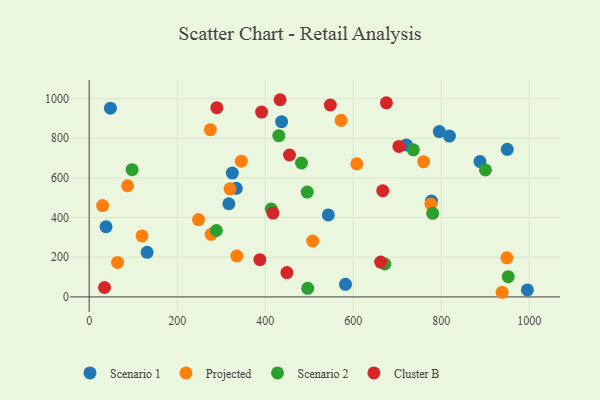
{"axis": {"x": "Engine Size", "y": "Exam Score"}, "legend": ["Cluster B", "Projected", "Scenario 1", "Scenario 2"], "data": [{"x": "334.3", "y": 547.6, "type": "Scenario 1"}, {"x": "795.7", "y": 833.6, "type": "Scenario 1"}, {"x": "325.3", "y": 624.3, "type": "Scenario 1"}, {"x": "721.0", "y": 766.6, "type": "Scenario 1"}, {"x": "38.4", "y": 353.8, "type": "Scenario 1"}, {"x": "317.4", "y": 469.8, "type": "Scenario 1"}, {"x": "48.3", "y": 952.0, "type": "Scenario 1"}, {"x": "888.0", "y": 683.0, "type": "Scenario 1"}, {"x": "777.9", "y": 483.6, "type": "Scenario 1"}, {"x": "582.5", "y": 63.6, "type": "Scenario 1"}, {"x": "131.7", "y": 225.0, "type": "Scenario 1"}, {"x": "995.8", "y": 35.2, "type": "Scenario 1"}, {"x": "543.4", "y": 413.3, "type": "Scenario 1"}, {"x": "950.1", "y": 744.4, "type": "Scenario 1"}, {"x": "437.3", "y": 883.5, "type": "Scenario 1"}, {"x": "818.7", "y": 811.0, "type": "Scenario 1"}, {"x": "508.0", "y": 281.9, "type": "Projected"}, {"x": "275.3", "y": 843.2, "type": "Projected"}, {"x": "776.6", "y": 468.1, "type": "Projected"}, {"x": "30.6", "y": 460.7, "type": "Projected"}, {"x": "572.6", "y": 890.5, "type": "Projected"}, {"x": "608.2", "y": 671.0, "type": "Projected"}, {"x": "64.5", "y": 174.1, "type": "Projected"}, {"x": "320.0", "y": 544.9, "type": "Projected"}, {"x": "345.7", "y": 684.3, "type": "Projected"}, {"x": "87.3", "y": 560.6, "type": "Projected"}, {"x": "938.3", "y": 23.4, "type": "Projected"}, {"x": "949.3", "y": 196.9, "type": "Projected"}, {"x": "760.0", "y": 682.0, "type": "Projected"}, {"x": "120.2", "y": 307.6, "type": "Projected"}, {"x": "277.2", "y": 315.4, "type": "Projected"}, {"x": "335.5", "y": 206.4, "type": "Projected"}, {"x": "248.6", "y": 389.9, "type": "Projected"}, {"x": "900.5", "y": 640.2, "type": "Scenario 2"}, {"x": "780.6", "y": 421.5, "type": "Scenario 2"}, {"x": "495.6", "y": 528.5, "type": "Scenario 2"}, {"x": "671.7", "y": 166.1, "type": "Scenario 2"}, {"x": "430.9", "y": 813.1, "type": "Scenario 2"}, {"x": "496.6", "y": 43.1, "type": "Scenario 2"}, {"x": "97.6", "y": 641.8, "type": "Scenario 2"}, {"x": "413.8", "y": 442.8, "type": "Scenario 2"}, {"x": "289.1", "y": 334.9, "type": "Scenario 2"}, {"x": "482.5", "y": 675.3, "type": "Scenario 2"}, {"x": "952.3", "y": 102.1, "type": "Scenario 2"}, {"x": "736.6", "y": 741.9, "type": "Scenario 2"}, {"x": "703.9", "y": 759.0, "type": "Cluster B"}, {"x": "387.9", "y": 188.0, "type": "Cluster B"}, {"x": "455.2", "y": 715.7, "type": "Cluster B"}, {"x": "662.4", "y": 175.7, "type": "Cluster B"}, {"x": "391.9", "y": 932.3, "type": "Cluster B"}, {"x": "667.2", "y": 535.7, "type": "Cluster B"}, {"x": "449.4", "y": 122.6, "type": "Cluster B"}, {"x": "675.4", "y": 978.6, "type": "Cluster B"}, {"x": "433.9", "y": 994.4, "type": "Cluster B"}, {"x": "548.0", "y": 967.9, "type": "Cluster B"}, {"x": "290.1", "y": 954.3, "type": "Cluster B"}, {"x": "34.9", "y": 47.4, "type": "Cluster B"}, {"x": "417.7", "y": 422.7, "type": "Cluster B"}]}